Annual administration report of the Civil Veterinary Department of India - 1909-1910
Year: 1909
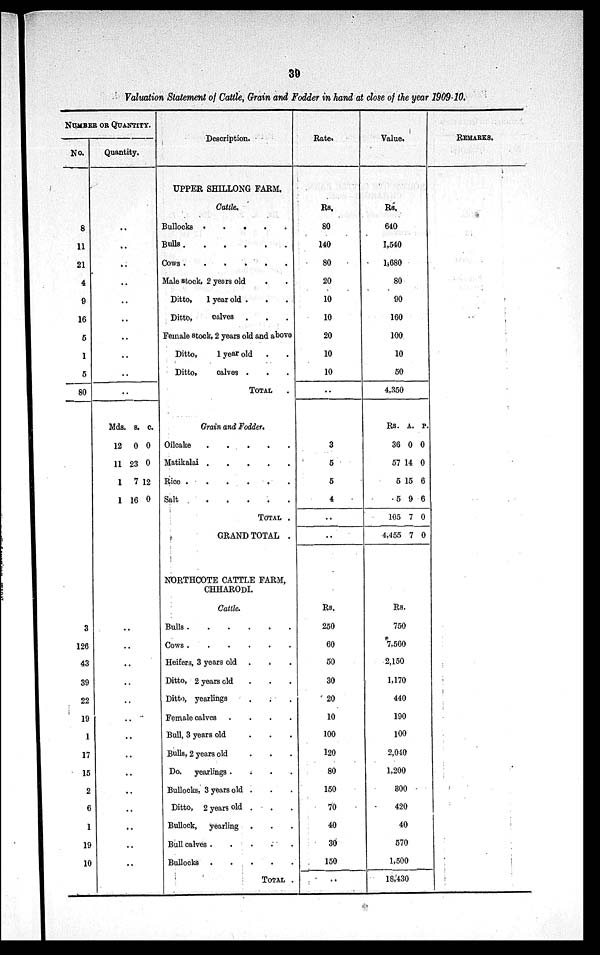
39
Valuation Statement of Cattle, Grain and Fodder in hand at close of the year 1909-10.
NUMBER OR QUANTITY.
No.
8
11
21
4
9
16
5
1
5
80
3
126
43
39
22
19
1
17
15
2
6
1
19
10
Quantity.
..
..
..
..
..
..
..
..
..
..
Mds.
12
11
1
1
s.
0
23
7
16
c.
0
0
12
0
..
..
..
..
..
..
..
..
..
..
..
..
..
..
Description.
UPPER SHILLONG FARM.
Cattle.
Bullocks
.
.
.
.
.
Bulls
.
.
.
.
.
.
.
COWS .
.
.
.
.
Male stock, 2 years old . .
Ditto,
1 year old . . .
Ditto,
calves . . .
Female stock, 2 years old and above
Ditto,
1 year old . .
Ditto,
calves . . .
TOTAL .
Grain and Fodder.
Oilcake
.
.
.
.
.
Matikalai
.
.
.
.
.
Rice .
.
.
.
.
.
Salt
.
.
.
.
.
TOTAL .
GRAND TOTAL .
NORTHCOTE CATTLE FARM,
CHHARODI.
Cattle.
Bulls
.
.
.
.
.
.
Cows .
.
.
.
.
.
Heifers, 3 years old . . .
Ditto, 2 years old . . .
Ditto, yearlings . . .
Female calves
.
.
.
.
Bull, 3 years old
.
.
.
Bulls, 2 years old
.
.
.
Do. yearlings .
.
.
.
Bullocks, 3 years old . . .
Ditto, 2 years old . . .
Bullock,
yearling . . .
Bull calves .
.
.
.
.
Bullocks .
.
.
.
.
TOTAL .
Rate.
Rs.
80
140
80
20
10
10
20
10
10
..
3
5
5
4
..
..
Rs.
250
60
50
30
20
10
100
120
80
150
70
40
30
150
..
Value.
Rs.
640
1,540
1,680
80
90
160
100
10
50
4,350
Rs.
36
57
5
5
105
4,455
A.
0
14
15
9
7
7
P.
0
0
6
6
0
0
Rs.
750
7,560
2,150
1,170
440
190
100
2,040
1,200
300
420
40
570
1,500
18,430
REMARKS.